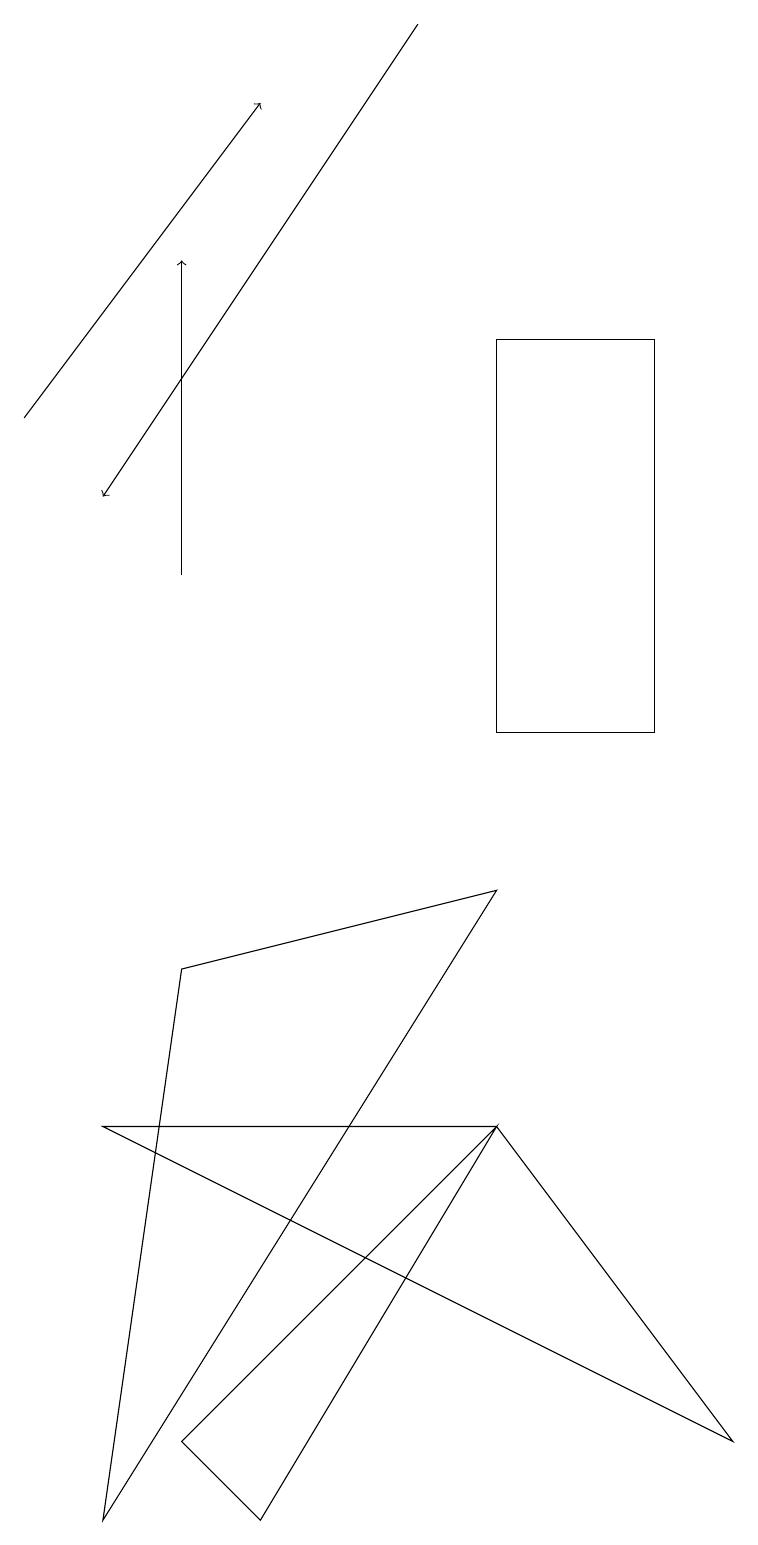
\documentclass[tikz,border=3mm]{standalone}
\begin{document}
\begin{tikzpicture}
\draw[->] (2,12) -- (2,16);
\draw (6,8) -- (1,0) -- (2,7) -- cycle;
\draw[->] (5,19) -- (1,13);
\draw (6,5) -- (9,1) -- (1,5) -- cycle;
\draw (6,15) rectangle (8,10);
\draw (3,0) -- (6,5) -- (2,1) -- cycle;
\draw[->] (0,14) -- (3,18);
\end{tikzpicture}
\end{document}